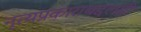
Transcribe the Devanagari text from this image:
नृत्यप्रकाराबद्दलही